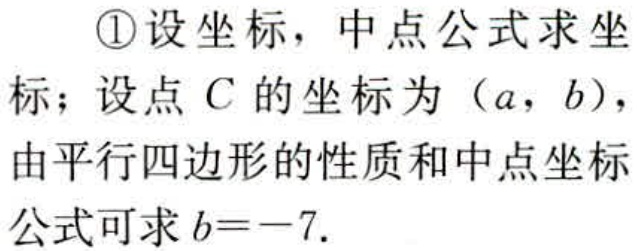
\textcircled{1}设坐标，中点公式求坐标；设点 \(C\) 的坐标为 \((a,b)\)，由平行四边形的性质和中点坐标公式可求 \(b = - 7\).